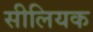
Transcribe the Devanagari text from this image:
सीलियक